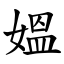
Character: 媼